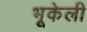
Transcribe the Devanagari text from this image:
भूकेली